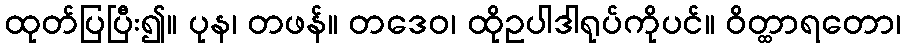
ထုတ်ပြပြီး၍။ ပုန၊ တဖန်။ တဒေဝ၊ ထိုဥပါဒါရုပ်ကိုပင်။ ဝိတ္ထာရတော၊